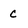
Character: C